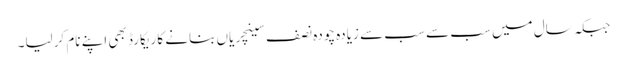
جبکہ سال میں سب سے سب سے زیادہ چودہ نصف سینچریاں بنانے کا ریکارڈ بھی اپنے نام کرلیا۔